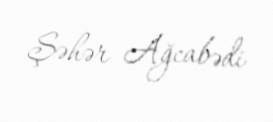
Şəhər Ağcabədi